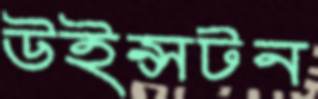
উইন্সটন